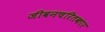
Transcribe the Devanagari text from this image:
जीवनचरितकार